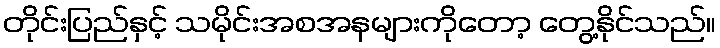
တိုင်းပြည်နှင့် သမိုင်းအစအနများကိုတော့ တွေ့နိုင်သည်။